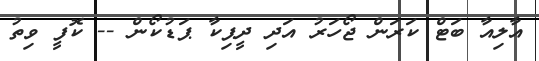
އާލިއާ ބަޓް ކަރަން ޖޯހަރު އަދި ދީޕިކާ ޕަޑުކޯން -- ކޮފީ ވިތު